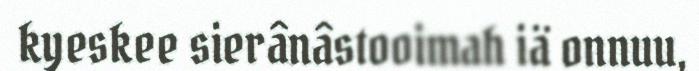
kyeskee sierânâstooimah iä onnuu,